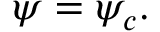
\psi = \psi _ { c } .